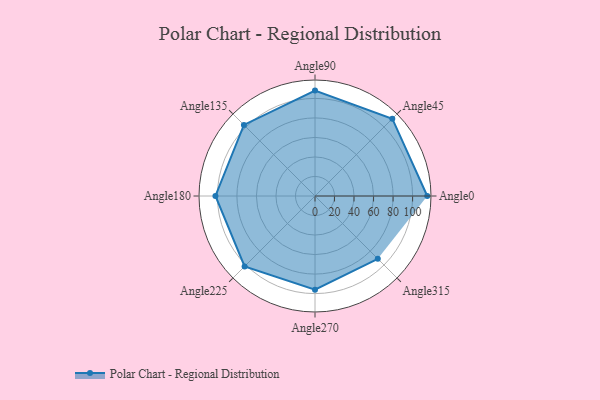
{"axis": {"x": "Angle", "y": "Radius"}, "legend": [""], "data": [{"x": "Angle0", "y": 115.0, "type": ""}, {"x": "Angle45", "y": 112.0, "type": ""}, {"x": "Angle90", "y": 108.0, "type": ""}, {"x": "Angle135", "y": 103.0, "type": ""}, {"x": "Angle180", "y": 102.0, "type": ""}, {"x": "Angle225", "y": 102.0, "type": ""}, {"x": "Angle270", "y": 96.0, "type": ""}, {"x": "Angle315", "y": 91.0, "type": ""}]}